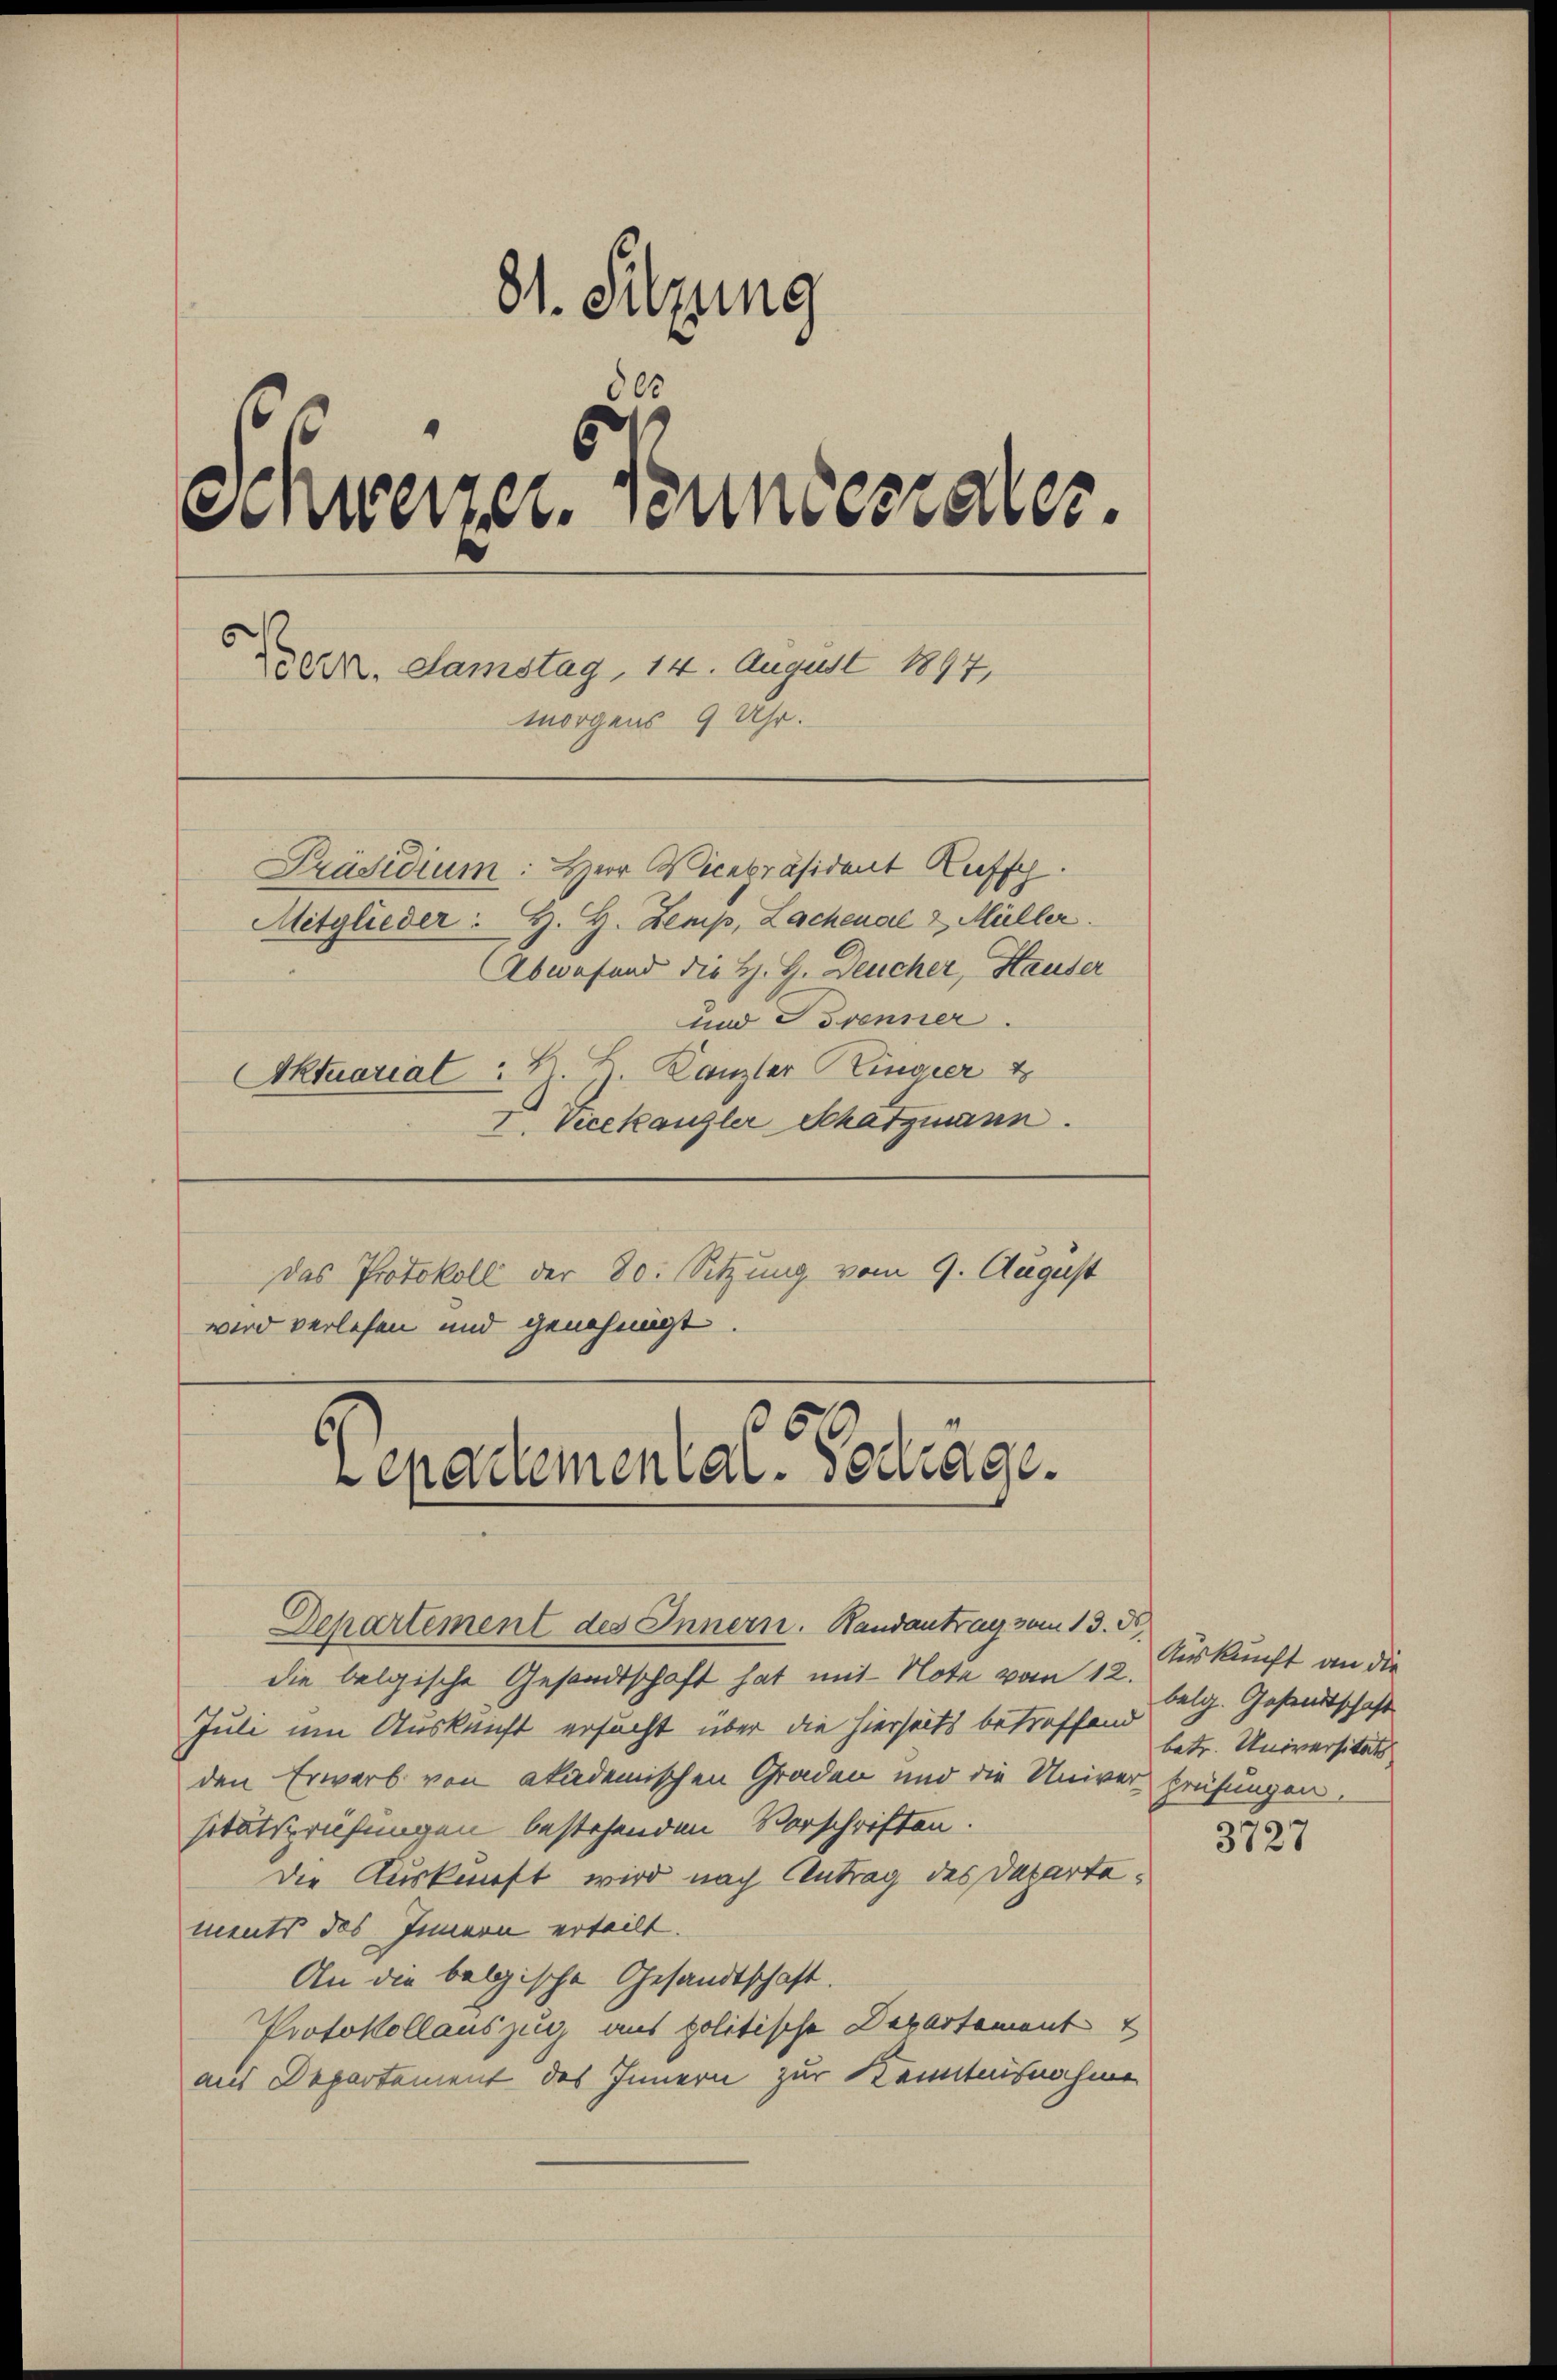
81. Sitzung
15
Schweizer Bundestales.
. Samstag, 14. August 1897,
morgens 9 Uhr.
Präsidium: Herr Vicepräsident Ruffy.
Mitglieder: H. H. Zemp, Lachenal & Müller.
Abwesend die H. G. Deucher, Hauser
und Trenner
Aktuariat = H. H. Canzler Ringier 4
I. Vicekanzler Schatzmann.

das Protokoll der 80. Sitzung vom 9. August
wird verlesen und genehmigt.

350
Cepademental- Sedrage.
Departement des Innern. Randantrag vom 13. ds.

die belgische Gesandtschaft hat mit Note vom 12.
Juli um Auskunft ersucht über die hierseits betreffend betr. Universitäts
den Erwarb von akademischen Graden und die Univer Prüfungen.
sitätsprüfungen bestehenden Vorschriften.
die Auskunft wird nach Antrag des Departe.
ments des Innern erteilt.
An die belgische Gesandtschaft.
Protokollauszug aus politische Departement
aus Departement des Innern zur Kenntnisnahme

Auskunft an die
belg. Gesandtschaft

3727